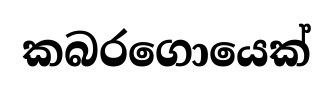
කබරගොයෙක්